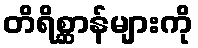
တိရိစ္ဆာန်များကို